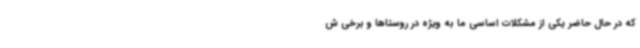
که در حال حاضر یکی از مشکلات اساسی ما به ویژه در روستاها و برخی ش